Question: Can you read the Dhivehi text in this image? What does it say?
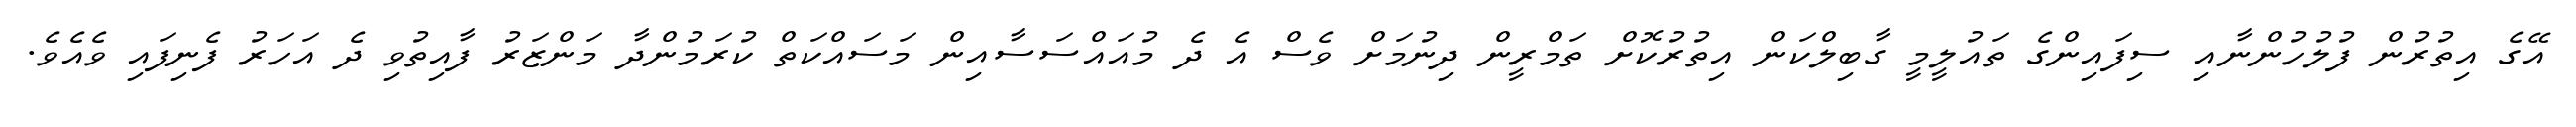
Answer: އޭގެ އިތުރުން ފުލުހުންނާއި ސިފައިންގެ ތައުލީމީ ގާބިލްކަން އިތުރުކޮށް ތަމްރީން ދިނުމަށް ވެސް އެ ދެ މުއައްސަސާއިން މަސައްކަތް ކުރަމުންދާ މަންޒަރު ފާއިތުވި ދެ އަހަރު ފެނިފައި ވެއެވެ.